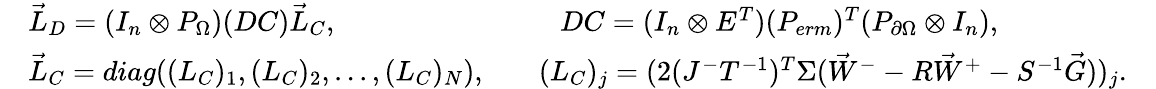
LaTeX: \begin{array}{rlrlr}&{\vec{L}_{D}=(I_{n}\otimes P_{\Omega})(DC)\vec{L}_{C},}&&{\ \ \ DC=(I_{n}\otimes E^{T})(P_{erm})^{T}(P_{\partial\Omega}\otimes I_{n}),}&\\ &{\vec{L}_{C}=diag((L_{C})_{1},(L_{C})_{2},...,(L_{C})_{N}),}&&{(L_{C})_{j}=(2(J^{-}T^{-1})^{T}\Sigma(\vec{W}^{-}-R\vec{W}^{+}-S^{-1}\vec{G}))_{j}.}&\end{array}